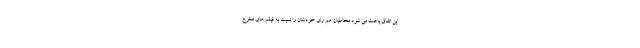
این اتفاق باعث می شود مخاطبان هم رای خودشان را نسبت به فیلم های مطرح